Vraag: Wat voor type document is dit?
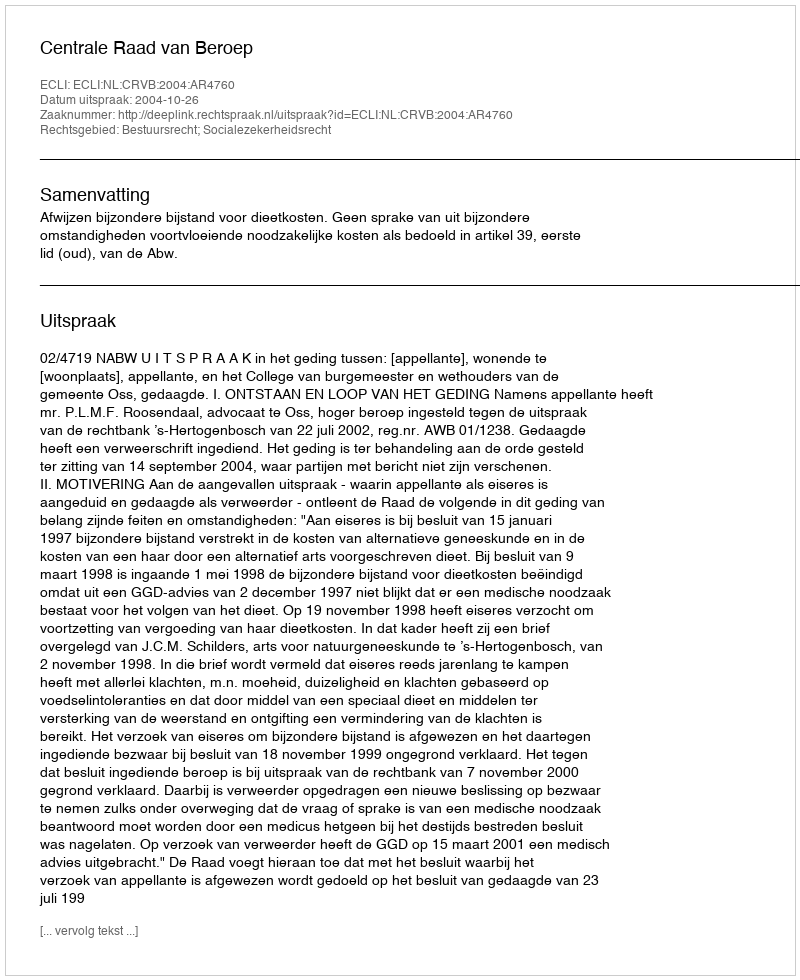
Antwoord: Uitspraak